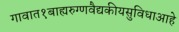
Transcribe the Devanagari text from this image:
गावात१बाह्यरुग्णवैद्यकीयसुविधाआहे